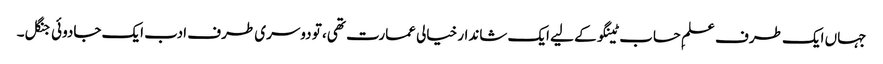
جہاں ایک طرف علمِ حساب ٹینگو کے لیے ایک شاندار خیالی عمارت تھی، تو دوسری طرف ادب ایک جادوئی جنگل۔